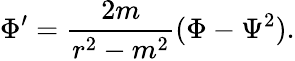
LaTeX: \Phi^{\prime}={\frac{2m}{r^{2}-m^{2}}}(\Phi-\Psi^{2}).